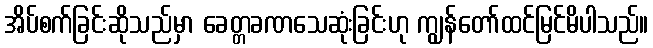
အိပ်စက်ခြင်းဆိုသည်မှာ ခေတ္တခဏသေဆုံးခြင်းဟု ကျွန်တော်ထင်မြင်မိပါသည်။